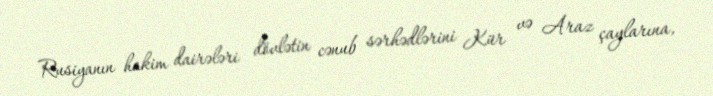
Rusiyanın hakim dairələri dövlətin cənub sərhədlərini Kür və Araz çaylarına,